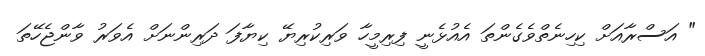
" އަސްރާއަށް ކިހިނެތްވެގެންތަ އެއުޅެނީ ފިރިމީހާ ވަރިކުރިޔޭ ކިޔާފަ ދަރިންނަށް އެވަރު ވާންޖެހޭތަ